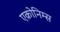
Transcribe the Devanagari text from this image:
एक्रोनिम्स